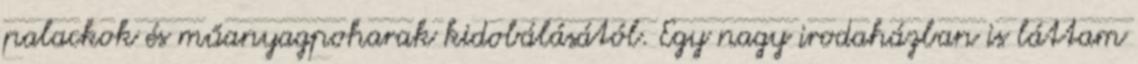
palackok és műanyagpoharak kidobálásától. Egy nagy irodaházban is láttam